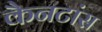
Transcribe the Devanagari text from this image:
कैनटांस